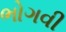
ભોગવી